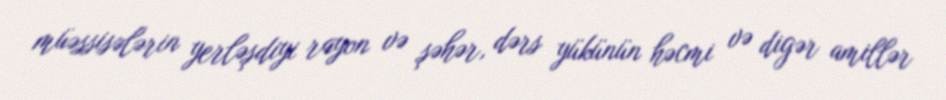
müəssisələrin yerləşdiyi rayon və şəhər, dərs yükünün həcmi və digər amillər